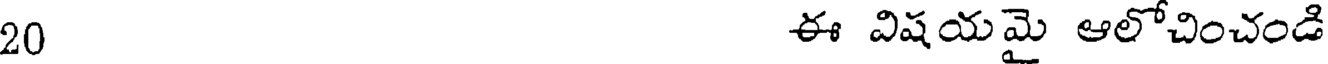
20 ఈ విషయమై ఆలోచించండి